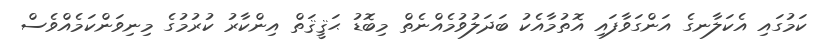
ކަމުގައި އެކަލާނގެ އަންގަވާފައި އޮތުމާއެކު ބަދަލުވުމެއްނެތް މިބޮޑު ޙަޤީޤަތް އިންކާރު ކުރުމުގެ މިނިވަންކަމެއްވެސް